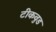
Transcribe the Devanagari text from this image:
टीकवुड